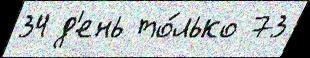
34 д'ень то́лько 73